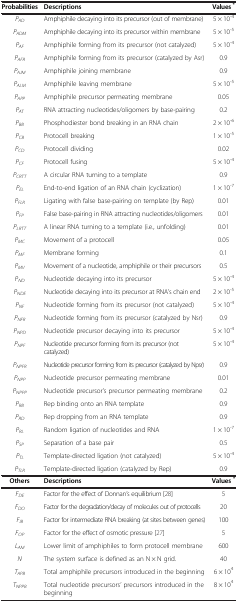
<table><thead><tr><td><b>Probabilities</b></td><td><b>Descriptions</b></td><td><b>Values <sup>*</sup></b></td></tr></thead><tbody><tr><td><i>P</i><sub><i>AD</i></sub></td><td>Amphiphile decaying into its precursor (out of membrane)</td><td>5 × 10<sup>-4</sup></td></tr><tr><td><i>P</i><sub><i>ADM</i></sub></td><td>Amphiphile decaying into its precursor within membrane</td><td>5 × 10<sup>-5</sup></td></tr><tr><td><i>P</i><sub><i>AF</i></sub></td><td>Amphiphile forming from its precursor (not catalyzed)</td><td>5 × 10<sup>-4</sup></td></tr><tr><td><i>P</i><sub><i>AFR</i></sub></td><td>Amphiphile forming from its precursor (catalyzed by Asr)</td><td>0.9</td></tr><tr><td><i>P</i><sub><i>AJM</i></sub></td><td>Amphiphile joining membrane</td><td>0.9</td></tr><tr><td><i>P</i><sub><i>ALM</i></sub></td><td>Amphiphile leaving membrane</td><td>5 × 10<sup>-5</sup></td></tr><tr><td><i>P</i><sub><i>APP</i></sub></td><td>Amphiphile precursor permeating membrane</td><td>0.05</td></tr><tr><td><i>P</i><sub><i>AT</i></sub></td><td>RNA attracting nucleotides/oligomers by base-pairing</td><td>0.2</td></tr><tr><td><i>P</i><sub><i>BB</i></sub></td><td>Phosphodiester bond breaking in an RNA chain</td><td>2 × 10<sup>-6</sup></td></tr><tr><td><i>P</i><sub><i>CB</i></sub></td><td>Protocell breaking</td><td>1 × 10<sup>-5</sup></td></tr><tr><td><i>P</i><sub><i>CD</i></sub></td><td>Protocell dividing</td><td>0.02</td></tr><tr><td><i>P</i><sub><i>CF</i></sub></td><td>Protocell fusing</td><td>5 × 10<sup>-4</sup></td></tr><tr><td><i>P</i><sub><i>CRTT</i></sub></td><td>A circular RNA turning to a template</td><td>0.9</td></tr><tr><td><i>P</i><sub><i>EL</i></sub></td><td>End-to-end ligation of an RNA chain (cyclization)</td><td>1 × 10<sup>-7</sup></td></tr><tr><td><i>P</i><sub><i>FLR</i></sub></td><td>Ligating with false base-pairing on template (by Rep)</td><td>0.01</td></tr><tr><td><i>P</i><sub><i>FP</i></sub></td><td>False base-pairing in RNA attracting nucleotides/oligomers</td><td>0.01</td></tr><tr><td><i>P</i><sub><i>LRTT</i></sub></td><td>A linear RNA turning to a template (i.e., unfolding)</td><td>0.01</td></tr><tr><td><i>P</i><sub><i>MC</i></sub></td><td>Movement of a protocell</td><td>0.05</td></tr><tr><td><i>P</i><sub><i>MF</i></sub></td><td>Membrane forming</td><td>0.1</td></tr><tr><td><i>P</i><sub><i>MV</i></sub></td><td>Movement of a nucleotide, amphiphile or their precursors</td><td>0.5</td></tr><tr><td><i>P</i><sub><i>ND</i></sub></td><td>Nucleotide decaying into its precursor</td><td>5 × 10<sup>-4</sup></td></tr><tr><td><i>P</i><sub><i>NDE</i></sub></td><td>Nucleotide decaying into its precursor at RNA’s chain end</td><td>2 × 10<sup>-5</sup></td></tr><tr><td><i>P</i><sub><i>NF</i></sub></td><td>Nucleotide forming from its precursor (not catalyzed)</td><td>5 × 10<sup>-4</sup></td></tr><tr><td><i>P</i><sub><i>NFR</i></sub></td><td>Nucleotide forming from its precursor (catalyzed by Nsr)</td><td>0.9</td></tr><tr><td><i>P</i><sub><i>NPD</i></sub></td><td>Nucleotide precursor decaying into its precursor</td><td>5 × 10<sup>-4</sup></td></tr><tr><td><i>P</i><sub><i>NPF</i></sub></td><td>Nucleotide precursor forming from its precursor (not catalyzed)</td><td>5 × 10<sup>-4</sup></td></tr><tr><td><i>P</i><sub><i>NPFR</i></sub></td><td>Nucleotide precursor forming from its precursor (catalyzed by Npsr)</td><td>0.9</td></tr><tr><td><i>P</i><sub><i>NPP</i></sub></td><td>Nucleotide precursor permeating membrane</td><td>0.01</td></tr><tr><td><i>P</i><sub><i>NPPP</i></sub></td><td>Nucleotide precursor’s precursor permeating membrane</td><td>0.2</td></tr><tr><td><i>P</i><sub><i>RB</i></sub></td><td>Rep binding onto an RNA template</td><td>0.9</td></tr><tr><td><i>P</i><sub><i>RD</i></sub></td><td>Rep dropping from an RNA template</td><td>0.9</td></tr><tr><td><i>P</i><sub><i>RL</i></sub></td><td>Random ligation of nucleotides and RNA</td><td>1 × 10<sup>-7</sup></td></tr><tr><td><i>P</i><sub><i>SP</i></sub></td><td>Separation of a base pair</td><td>0.5</td></tr><tr><td><i>P</i><sub><i>TL</i></sub></td><td>Template-directed ligation (not catalyzed)</td><td>5 × 10<sup>-4</sup></td></tr><tr><td><i>P</i><sub><i>TLR</i></sub></td><td>Template-directed ligation (catalyzed by Rep)</td><td>0.9</td></tr><tr><td><b>Others</b></td><td><b>Descriptions</b></td><td><b>Values </b><sup><b>*</b></sup></td></tr><tr><td><i>F</i><sub><i>DE</i></sub></td><td>Factor for the effect of Donnan’s equilibrium [28]</td><td>5</td></tr><tr><td><i>F</i><sub><i>DO</i></sub></td><td>Factor for the degradation/decay of molecules out of protocells</td><td>20</td></tr><tr><td><i>F</i><sub><i>IB</i></sub></td><td>Factor for intermediate RNA breaking (at sites between genes)</td><td>100</td></tr><tr><td><i>F</i><sub><i>OP</i></sub></td><td>Factor for the effect of osmotic pressure [27]</td><td>5</td></tr><tr><td><i>L</i><sub><i>AM</i></sub></td><td>Lower limit of amphiphiles to form protocell membrane</td><td>600</td></tr><tr><td><i>N</i></td><td>The system surface is defined as an N × N grid.</td><td>40</td></tr><tr><td><i>T</i><sub><i>APB</i></sub></td><td>Total amphiphile precursors introduced in the beginning</td><td>6 × 10<sup>4</sup></td></tr><tr><td><i>T</i><sub><i>NPPB</i></sub></td><td>Total nucleotide precursors’ precursors introduced in the beginning</td><td>8 × 10<sup>4</sup></td></tr></tbody></table>